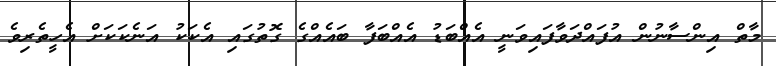
މާތް އިންސާނުން އުފައްދަވާފައިވަނީ އެއްބަޑު އެއްބަފާ ބައެއްގެ ގޮތުގައި އެކަކު އަނެކަކަށް އެހީތެރިވެ